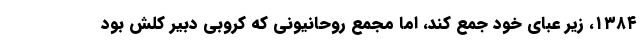
۱۳۸۴، زیر عبای خود جمع کند، اما مجمع روحانیونی که کروبی دبیر کلش بود